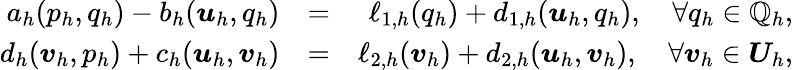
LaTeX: \begin{array}{rlr}{a_{h}({p}_{h},{q}_{h})-b_{h}(\boldsymbol{u}_{h},{q}_{h})}&{=}&{\ell_{1,h}({q}_{h})+d_{1,h}(\boldsymbol{u}_{h},q_{h}),\quad\forall{q}_{h}\in\mathbb{Q}_{h},}\\ {d_{h}(\boldsymbol{v}_{h},{p}_{h})+c_{h}(\boldsymbol{u}_{h},\boldsymbol{v}_{h})}&{=}&{\ell_{2,h}(\boldsymbol{v}_{h})+d_{2,h}(\boldsymbol{u}_{h},\boldsymbol{v}_{h}),\quad\forall\boldsymbol{v}_{h}\in\boldsymbol{U}_{h},}\end{array}